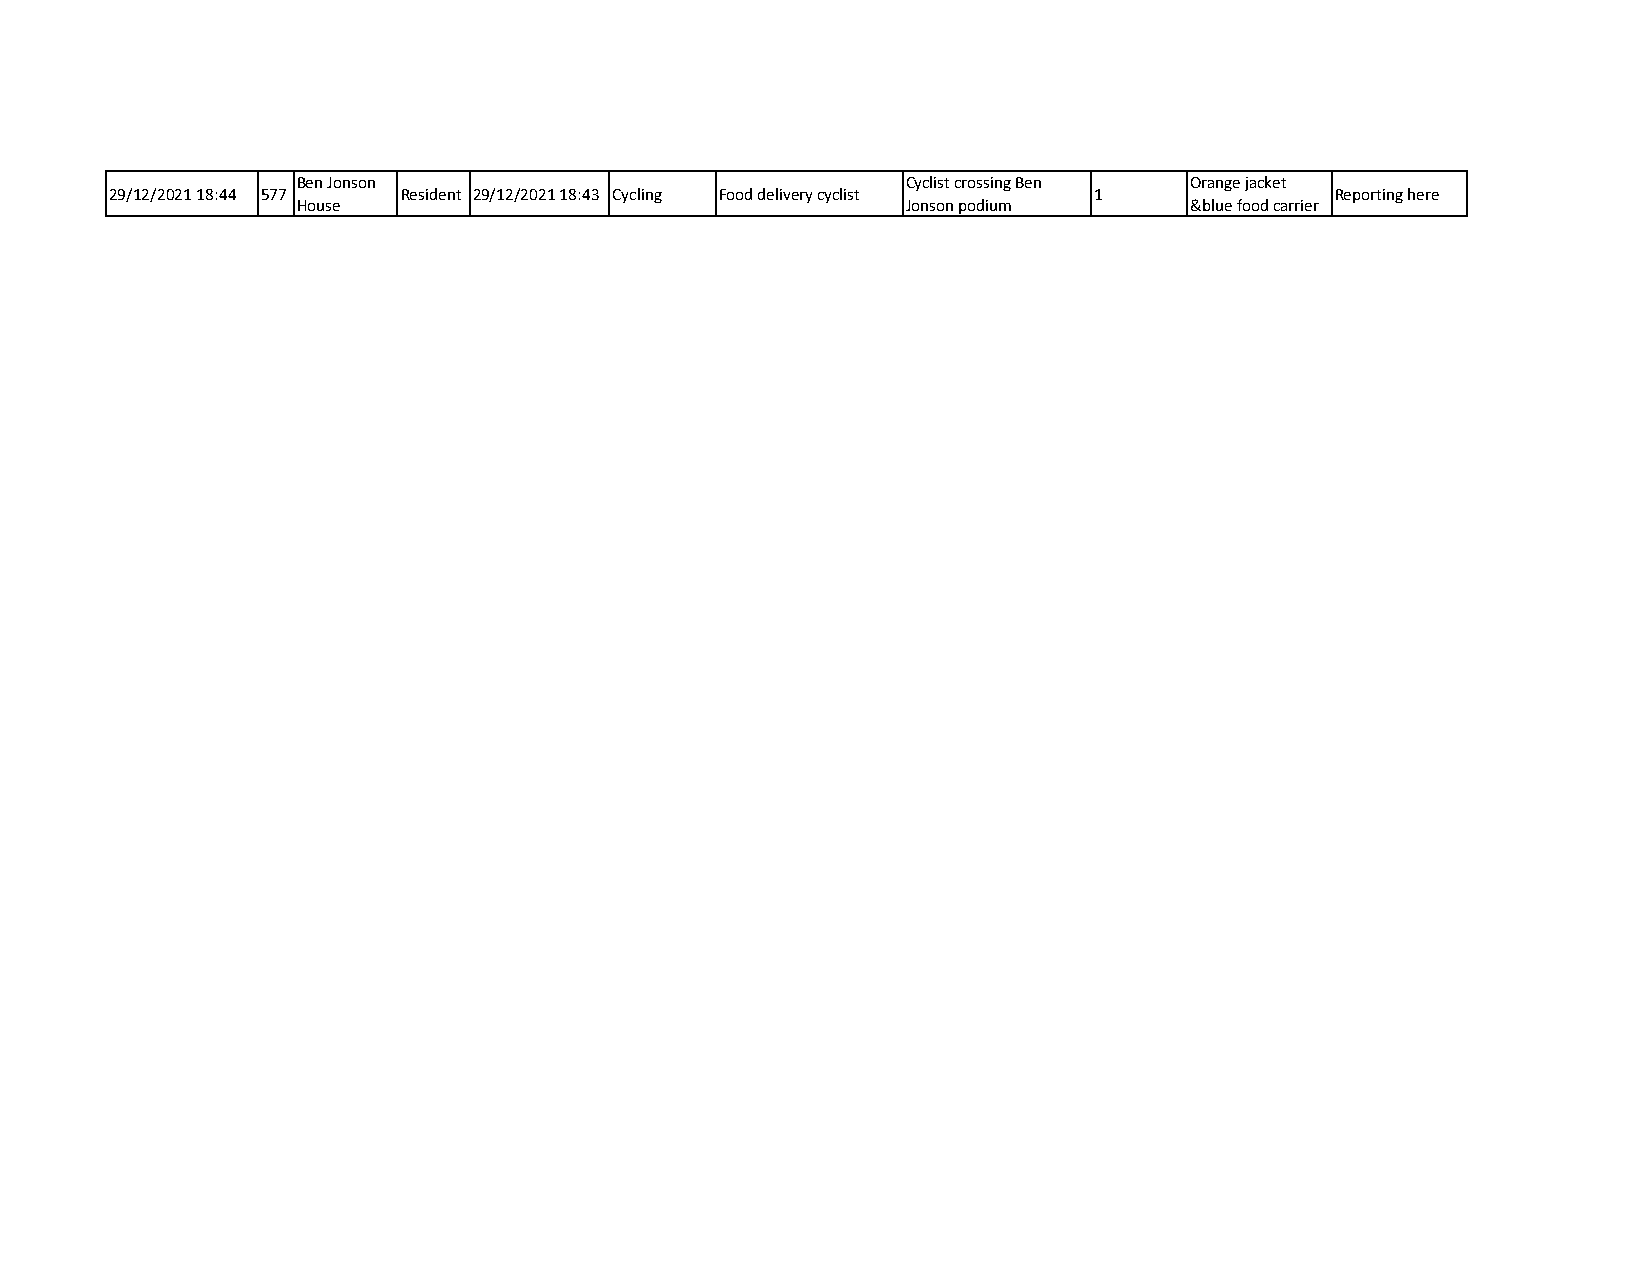
Ben Jonson                              Cyclist crossing Ben Orange jacket
 29/12/2021 18:44 577 Resident 29/12/2021 18:43 Cycling Food delivery cyclist 1   Reporting here
 House                                   Jonson podium      &blue food carrier